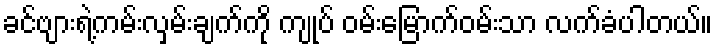
ခင်ဗျားရဲ့ကမ်းလှမ်းချက်ကို ကျုပ် ဝမ်းမြောက်ဝမ်းသာ လက်ခံပါတယ်။